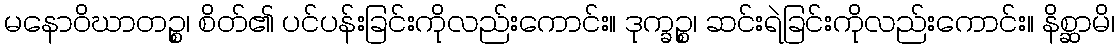
မနောဝိဃာတဉ္စ၊ စိတ်၏ ပင်ပန်းခြင်းကိုလည်းကောင်း။ ဒုက္ခဉ္စ၊ ဆင်းရဲခြင်းကိုလည်းကောင်း။ နိစ္ဆာမိ၊